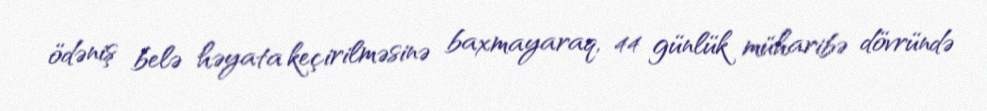
ödəniş belə həyata keçirilməsinə baxmayaraq, 44 günlük müharibə dövründə